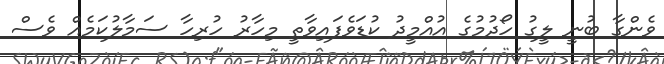
ވެންގާ ބުނީ ލީގު ހޯދުމުގެ އުއްމީދު ކުޑަވެފައިވާތީ މިހާރު ހުރިހާ ސަމާލުކަމެއް ވެސް